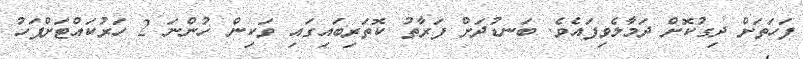
ފަހަތަށް ދިގުކޮށް ދަމާލެވިފައެވެ. ބަނޑުދަށް ފަރާތު ކޮތަރިބައިގައި ވަކިން ހުންނަ 2 ހަރުކައްޓަށްފަހު